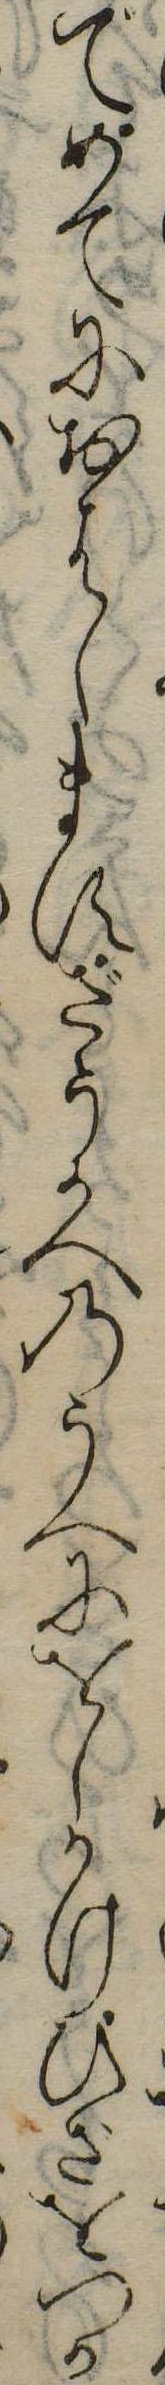
でめてにおはしますざうかへのうへにをしかけひざをつか